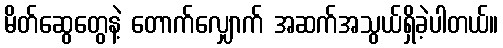
မိတ်ဆွေတွေနဲ့ တောက်လျှောက် အဆက်အသွယ်ရှိခဲ့ပါတယ်။